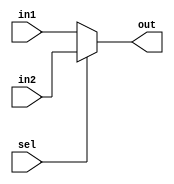
`timescale 1ns/1ps
module mux2_1(input sel,input [31:0] in1,in2 , output reg [31:0] out);

always @(*)
begin
if(sel)
out = in2;
else
out = in1;
end

endmodule